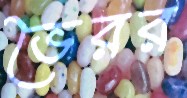
ভৈরর